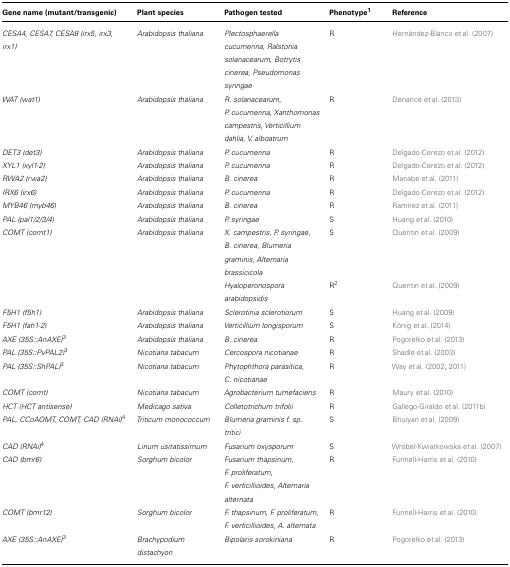
<table><thead><tr><td><b>Gene name (mutant/transgenic)</b></td><td><b>Plant species</b></td><td><b>Pathogen tested</b></td><td><b>Phenotype<sup>1</sup></b></td><td><b>Reference</b></td></tr></thead><tbody><tr><td><i>CESA4, CESA7, CESA8 (irx5, irx3, irx1)</i></td><td><i>Arabidopsis thaliana</i></td><td><i>Plectosphaerella cucumerina</i>, <i>Ralstonia solanacearum</i>, <i>Botrytis cinerea, Pseudomonas syringae</i></td><td>R</td><td>Hernández-Blanco et al. (2007)</td></tr><tr><td><i>WAT (wat1)</i></td><td><i>Arabidopsis thaliana</i></td><td><i>R. solanacearum, P. cucumerina</i>, <i>Xanthomonas campestris</i>, <i>Verticillium dahlia, V. alboatrum</i></td><td>R</td><td>Denancé et al. (2013)</td></tr><tr><td><i>DET3 (det3)</i></td><td><i>Arabidopsis thaliana</i></td><td><i>P. cucumerina</i></td><td>R</td><td>Delgado-Cerezo et al. (2012)</td></tr><tr><td><i>XYL1 (xyl1-2)</i></td><td><i>Arabidopsis thaliana</i></td><td><i>P. cucumerina</i></td><td>R</td><td>Delgado-Cerezo et al. (2012)</td></tr><tr><td><i>RWA2 (rwa2)</i></td><td><i>Arabidopsis thaliana</i></td><td><i>B. cinerea</i></td><td>R</td><td>Manabe et al. (2011)</td></tr><tr><td><i>IRX6 (irx6)</i></td><td><i>Arabidopsis thaliana</i></td><td><i>P. cucumerina</i></td><td>R</td><td>Delgado-Cerezo et al. (2012)</td></tr><tr><td><i>MYB46 (myb46)</i></td><td><i>Arabidopsis thaliana</i></td><td><i>B. cinerea</i></td><td>R</td><td>Ramírez et al. (2011)</td></tr><tr><td><i>PAL (pal1/2/3/4)</i></td><td><i>Arabidopsis thaliana</i></td><td><i>P. syringae</i></td><td>S</td><td>Huang et al. (2010)</td></tr><tr><td><i>COMT (comt1)</i></td><td><i>Arabidopsis thaliana</i></td><td><i>X. campestris</i>, <i>P. syringae</i>, <i>B. cinerea</i>, <i>Blumeria graminis</i>, <i>Alternaria brassicicola</i></td><td>S</td><td>Quentin et al. (2009)</td></tr><tr><td></td><td></td><td><i>Hyaloperonospora arabidopsidis</i></td><td>R<sup>2</sup></td><td>Quentin et al. (2009)</td></tr><tr><td><i>F5H1 (f5h1)</i></td><td><i>Arabidopsis thaliana</i></td><td><i>Sclerotinia sclerotiorum</i></td><td>S</td><td>Huang et al. (2009)</td></tr><tr><td><i>F5H1 (fah1-2)</i></td><td><i>Arabidopsis thaliana</i></td><td><i>Verticillium longisporum</i></td><td>S</td><td>König et al. (2014)</td></tr><tr><td><i>AXE (35S::AnAXE)<sup>3</sup></i></td><td><i>Arabidopsis thaliana</i></td><td><i>B. cinerea</i></td><td>R</td><td>Pogorelko et al. (2013)</td></tr><tr><td><i>PAL (35S::PvPAL2)<sup>3</sup></i></td><td><i>Nicotiana tabacum</i></td><td><i>Cercospora nicotianae</i></td><td>R</td><td>Shadle et al. (2003)</td></tr><tr><td><i>PAL (35S::ShPAL)<sup>3</sup></i></td><td><i>Nicotiana tabacum</i></td><td><i>Phytophthora parasitica</i>, <i>C. nicotianae</i></td><td>R</td><td>Way et al. (2002, 2011)</td></tr><tr><td><i>COMT (comt)</i></td><td><i>Nicotiana tabacum</i></td><td><i>Agrobacterium tumefaciens</i></td><td>R</td><td>Maury et al. (2010)</td></tr><tr><td><i>HCT (HCT antisense)</i></td><td><i>Medicago sativa</i></td><td><i>Colletotrichum trifolii</i></td><td>R</td><td>Gallego-Giraldo et al. (2011b)</td></tr><tr><td><i>PAL, CCoAOMT, COMT, CAD (RNAi)<sup>4</sup></i></td><td><i>Triticum monococcum</i></td><td><i>Blumeria graminis f. sp. tritici</i></td><td>S</td><td>Bhuiyan et al. (2009)</td></tr><tr><td><i>CAD (RNAi)<sup>4</sup></i></td><td><i>Linum usitatissimum</i></td><td><i>Fusarium oxysporum</i></td><td>S</td><td>Wróbel-Kwiatkowska et al. (2007)</td></tr><tr><td><i>CAD (bmr6)</i></td><td><i>Sorghum bicolor</i></td><td><i>Fusarium thapsinum</i>, <i>F. proliferatum</i>, <i>F. verticillioides</i>, <i>Alternaria alternata</i></td><td>R</td><td>Funnell-Harris et al. (2010)</td></tr><tr><td><i>COMT (bmr12)</i></td><td><i>Sorghum bicolor</i></td><td><i>F. thapsinum</i>, <i>F. proliferatum</i>, <i>F. verticillioides</i>, <i>A. alternata</i></td><td>R</td><td>Funnell-Harris et al. (2010)</td></tr><tr><td><i>AXE (35S::AnAXE)<sup>3</sup></i></td><td><i>Brachypodium distachyon</i></td><td><i>Bipolaris sorokiniana</i></td><td>R</td><td>Pogorelko et al. (2013)</td></tr></tbody></table>